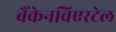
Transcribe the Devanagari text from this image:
बैंकेनविएरटेल